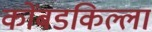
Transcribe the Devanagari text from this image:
कोंबडकिल्ला